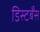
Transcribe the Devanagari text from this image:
डिस्टर्बेंस